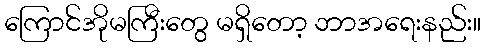
ကြောင်အိုမကြီးတွေ မရှိတော့ ဘာအရေးနည်း။